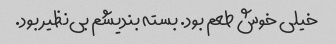
خیلی خوش طعم بود. بسته بندیشم بی‌نظیر بود.